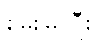
မွေးမြူပြီး